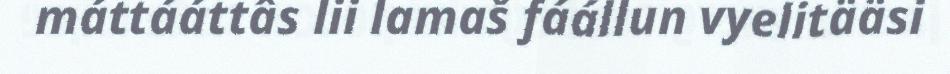
máttááttâs lii lamaš fáállun vyelitääsi